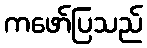
ကဖော်ပြသည်